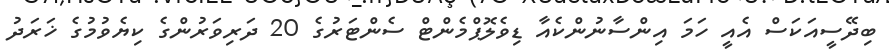
ބިދޭސީއަކަސް އެއީ ހަމަ އިންސާނުންކެއާ ޑިވެލޮޕްމެންްޓް ސެންޓަރުގެ 20 ދަރިވަރުންގެ ކިޔެވުމުގެ ޚަރަދު